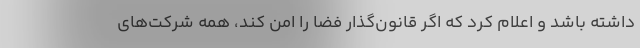
داشته باشد و اعلام کرد که اگر قانون‌گذار فضا را امن کند، همه شرکت‌های